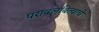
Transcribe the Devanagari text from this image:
परावलंबित्वाचे